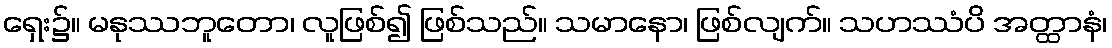
ရှေး၌။ မနုဿဘူတော၊ လူဖြစ်၍ ဖြစ်သည်။ သမာနော၊ ဖြစ်လျက်။ သဟဿံပိ အတ္ထာနံ၊